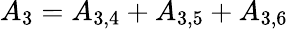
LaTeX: {A_{3}}={A_{3,4}}+{A_{3,5}}+{A_{3,6}}